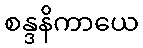
စန္ဒနိကာယေ